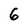
Character: 6